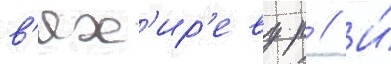
в'ях'ир'еву р // И́